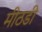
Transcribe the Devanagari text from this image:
मीठडी